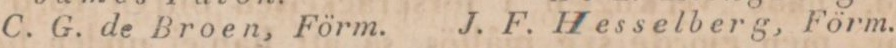
C. G. de Broen, Förm.    J. F. Hesselberg, Förm.